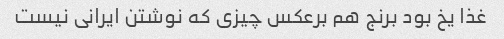
غذا یخ بود برنج هم برعکس چیزی که نوشتن ایرانی نیست